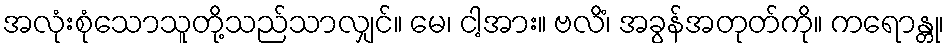
အလုံးစုံသောသူတို့သည်သာလျှင်။ မေ၊ ငါ့အား။ ဗလိံ၊ အခွန်အတုတ်ကို။ ကရောန္တု၊